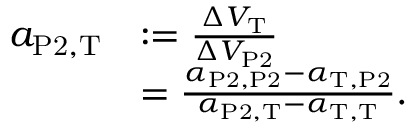
\begin{array} { r l } { a _ { \mathrm { P 2 } , \mathrm { T } } } & { : = \frac { \Delta V _ { \mathrm { T } } } { \Delta V _ { \mathrm { P 2 } } } } \\ & { = \frac { \alpha _ { \mathrm { P 2 } , \mathrm { P 2 } } - \alpha _ { \mathrm { T } , \mathrm { P 2 } } } { \alpha _ { \mathrm { P 2 } , \mathrm { T } } - \alpha _ { \mathrm { T } , \mathrm { T } } } . } \end{array}